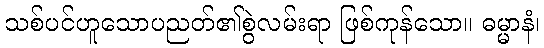
သစ်ပင်ဟူသောပညတ်၏စွဲလမ်းရာ ဖြစ်ကုန်သော။ ဓမ္မာနံ၊